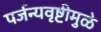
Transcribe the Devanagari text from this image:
पर्जन्यवृष्टीमुळे